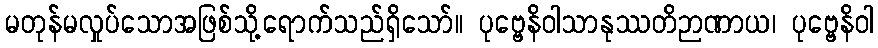
မတုန်မလှုပ်သောအဖြစ်သို့ရောက်သည်ရှိသော်။ ပုဗ္ဗေနိဝါသာနုဿတိဉာဏာယ၊ ပုဗ္ဗေနိဝါ